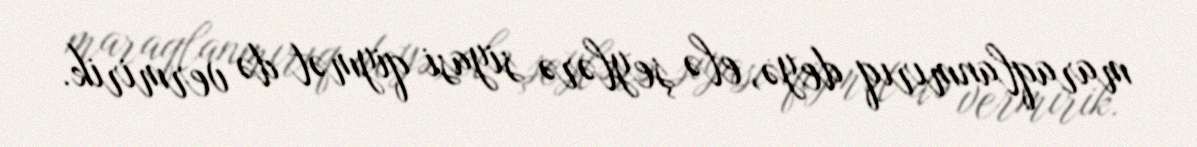
maraqlanmırıq deyə, elə şeylərə siyasi qiymət də vermirik.